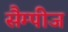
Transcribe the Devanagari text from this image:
सैम्पीज